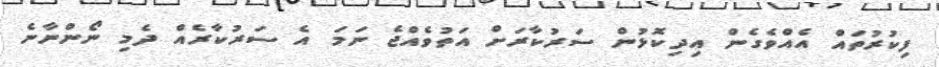
ފިކުރުތައް އެއްވެގެން އިދިކޮޅުން ސަރުކާރަށް އަތުވެއްޖެ ނަމަ އެ ސަރުކާރެއް ދެމި ނޯންނާނެ